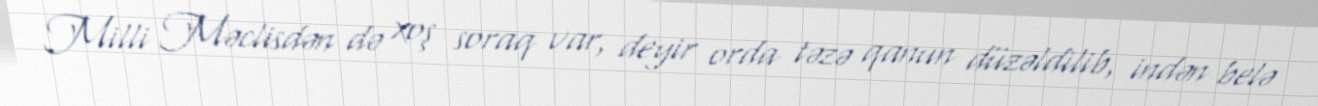
Milli Məclisdən də xoş soraq var, deyir orda təzə qanun düzəldilib, indən belə